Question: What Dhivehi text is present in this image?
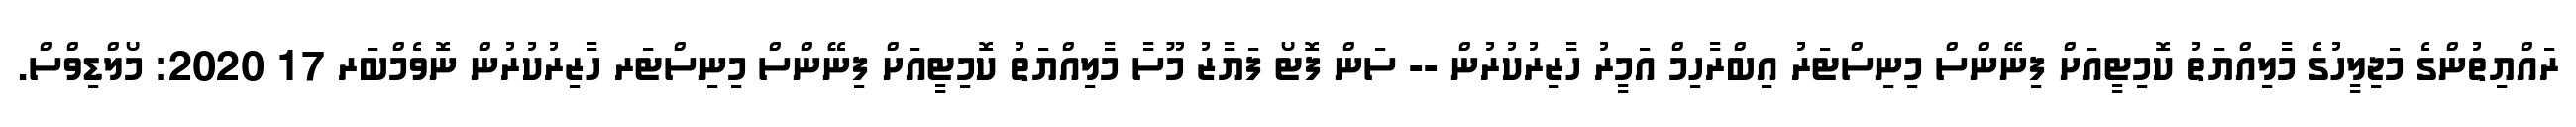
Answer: ރައްޔިތުންގެ މަޖިލީހުގެ މާލިއްޔަތު ކޮމިޓީއަށް ފިނޭންސް މިނިސްޓަރު އިބްރާހިމް އަމީރު ހާޒިރުކުރުން -- ސަން ފޮޓޯ ފަޔާޒު މޫސާ މާލިއްޔަތު ކޮމިޓީއަށް ފިނޭންސް މިނިސްޓަރ ހާޒިރުކުރުން ނޮވެމްބަރ 17 2020: މޯލްޑިވްސް.